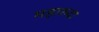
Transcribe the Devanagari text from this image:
महारुदा